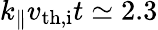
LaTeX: k_{\parallel}v_{\mathrm{th,i}}t\simeq 2.3